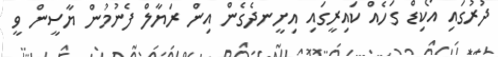
ދުރުގައި އޯކިޑް ގަހެއް ކައިރީގައި އިށީނދެގެން އިން ރަޔާލް ފެނުމުން ޔާސީން ވީ